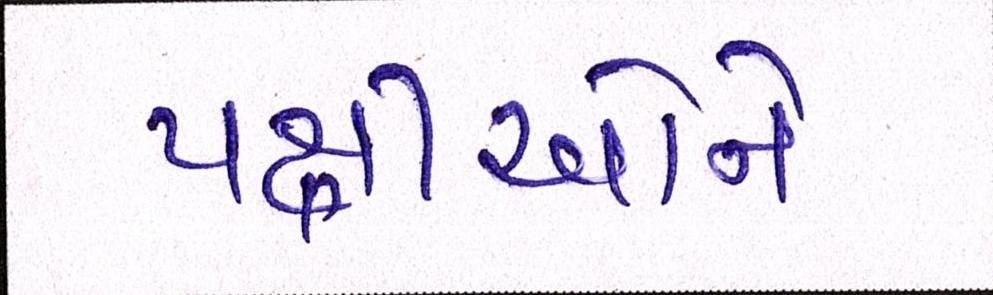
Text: પક્ષીઓને